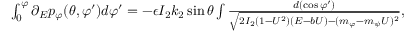
\begin{array} { r } { \int _ { 0 } ^ { \varphi } \partial _ { E } p _ { \varphi } ( \theta , \varphi ^ { \prime } ) d \varphi ^ { \prime } = - \epsilon I _ { 2 } k _ { 2 } \sin \theta \int \frac { d ( \cos \varphi ^ { \prime } ) } { \sqrt { 2 I _ { 2 } ( 1 - U ^ { 2 } ) ( E - b U ) - ( m _ { \varphi } - m _ { \psi } U ) ^ { 2 } } } , } \end{array}